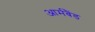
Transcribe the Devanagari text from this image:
आर्मबैंड